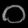
Digit: ၀